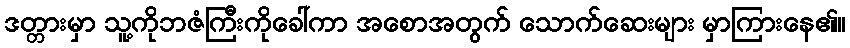
ဒတ္တားမှာ သူ့ကိုဘဇံကြီးကိုခေါ်ကာ အစောအတွက် သောက်ဆေးများ မှာကြားနေ၏။